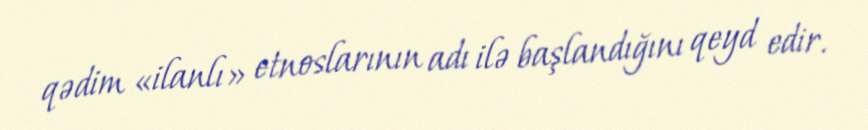
qədim «ilanlı» etnoslarının adı ilə başlandığını qeyd edir.